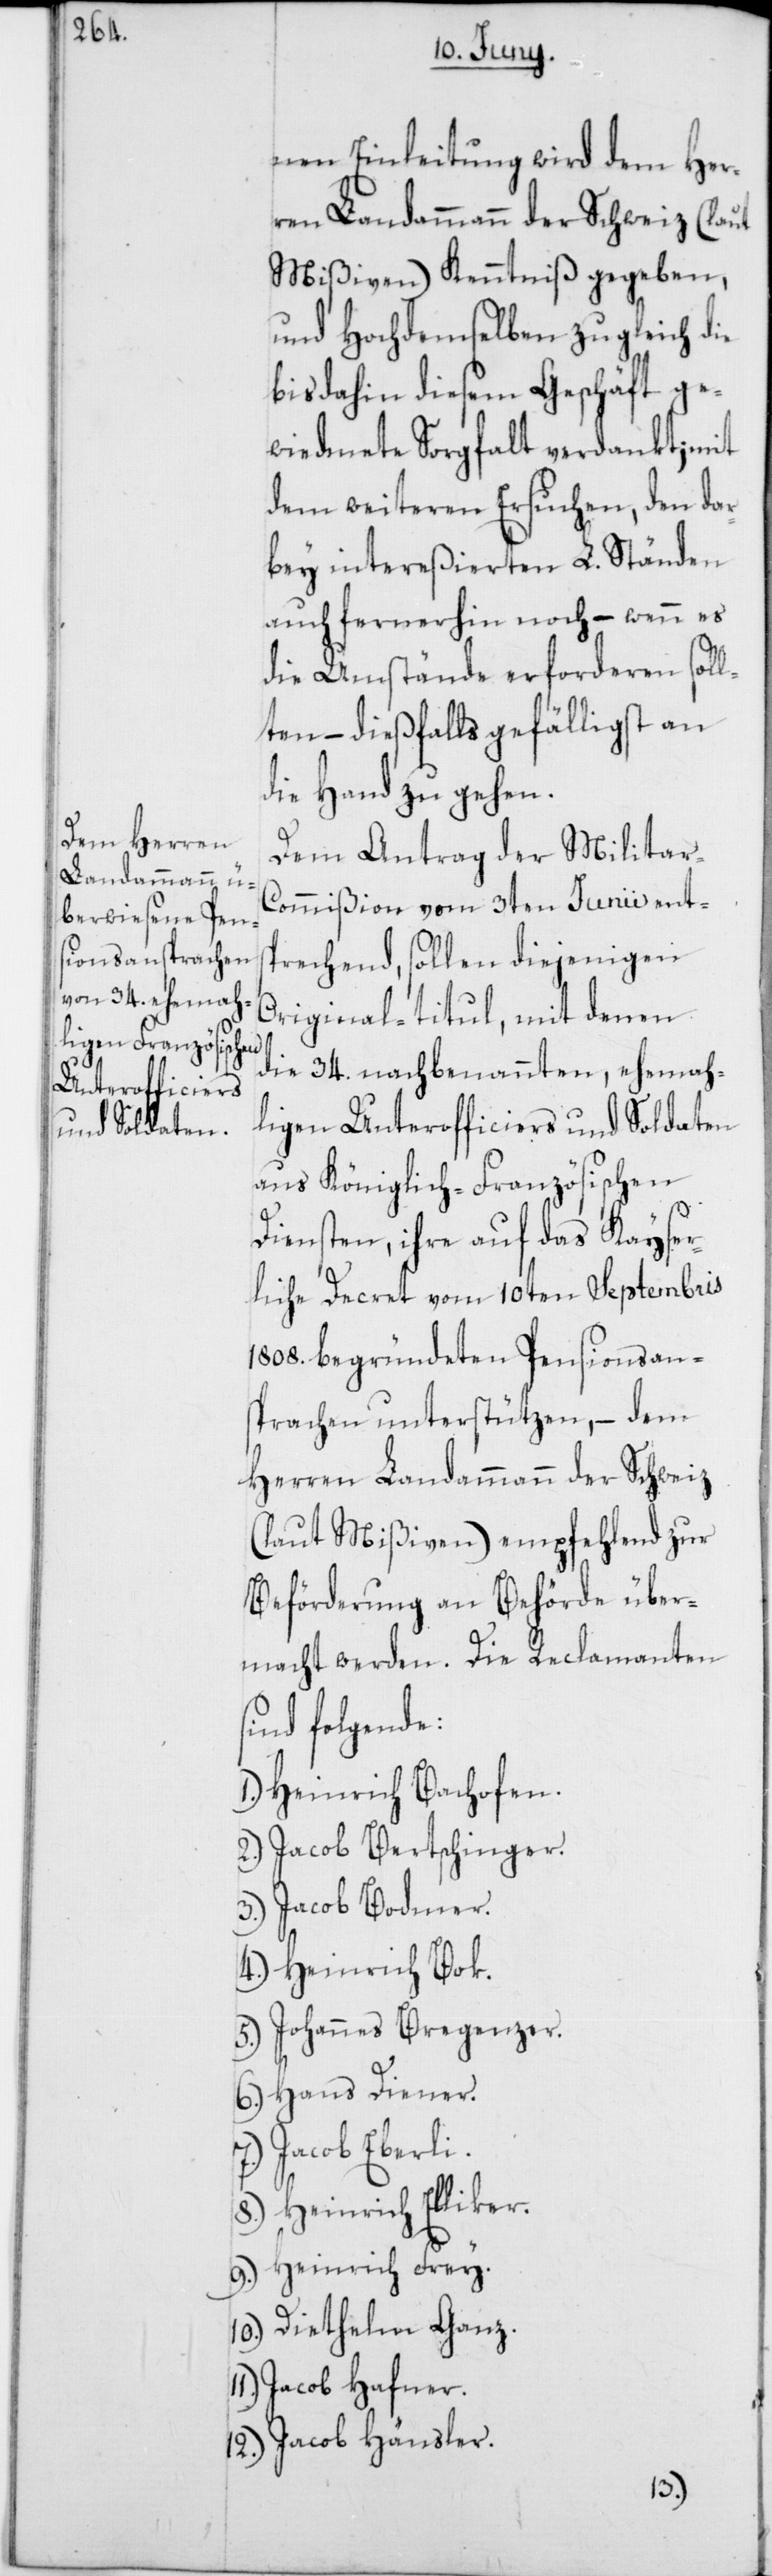
nen Einleitung wird dem Her¬
ren Landammann der Schweiz (laut
Mißiven) Kenntniß gegeben,
und Hochdemselben zugleich die
bis dahin diesem Geschäft ge¬
widmete Sorgfalt verdankt; mit
dem weiteren Ersuchen, den dar¬
bey intereßierten L. Ständen
auch fernerhin noch, – wenn es
die Umstände erforderen soll¬
ten, – dießfalls gefälligst an
die Hand zu gehen.
Dem Antrag der Militar-C¬
ommißion vom 3ten Junii ents¬
prechend, sollen diejenigen
Original-titul, mit denen
die 34. nachbenannten, ehemah¬
ligen Unterofficiers und Soldaten
aus Königlich-Französischen
Diensten, ihre auf das Kayser¬
liche Decret vom 10ten Septembris
1808. begründeten Pensionsans¬
prachen unterstützen, – dem
Herren Landammann der Schweiz
(laut Mißiven) empfehlend zur
Beförderung an Behörde über¬
macht werden. Die Reclamanten
sind folgende:
1.) Heinrich Bachofen.
2.) Jacob Bertschinger.
3.) Jacob Bodmer.
4.) Heinrich Bok.
5.) Johannes Bregenzer.
6.) Hans Diener.
Jacob Eberli.
8.) Heinrich Elliker.
9.) Heinrich Frey.
10.) Diethelm Ganz.
Jacob Hafner.
12.) Jacob Hänsler